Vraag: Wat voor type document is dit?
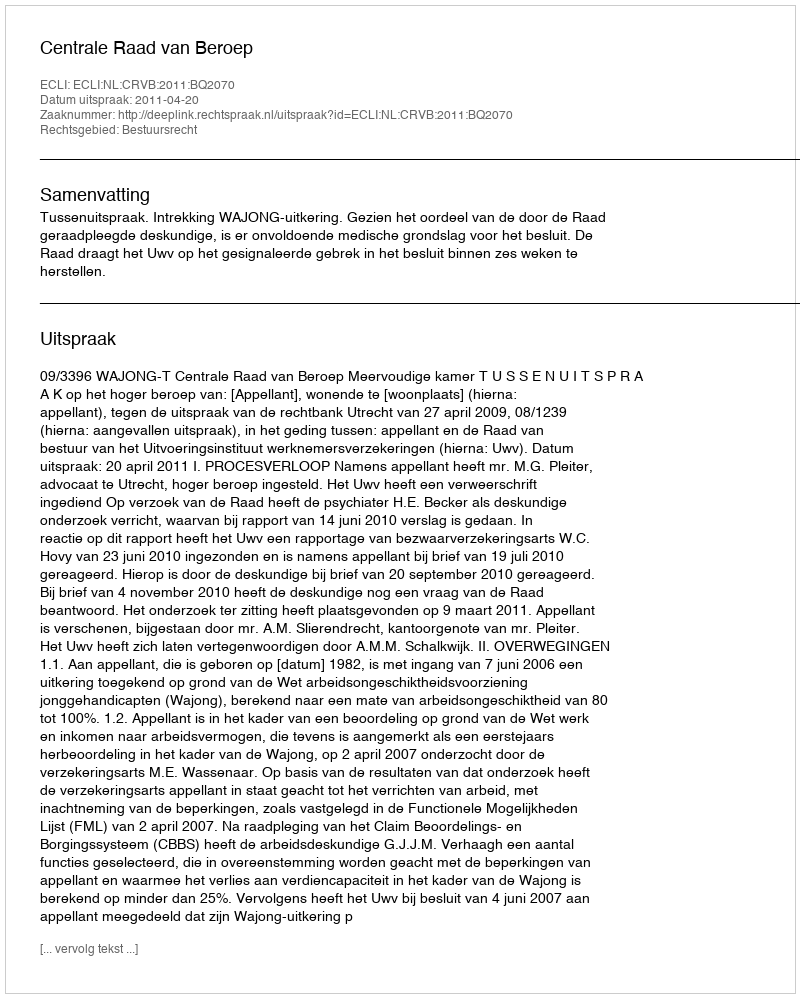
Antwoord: Uitspraak